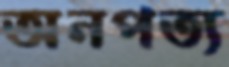
অনপত্য